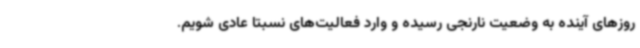
روزهای آینده به وضعیت نارنجی رسیده و وارد فعالیت‌های نسبتا عادی شویم.